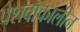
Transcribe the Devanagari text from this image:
पेशवाकालीन